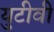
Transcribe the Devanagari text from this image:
युटीवी